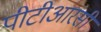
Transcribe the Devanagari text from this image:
पीटीआरसी